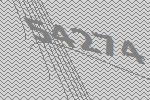
54274